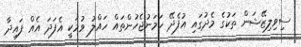
ސިވިލިޒޭޝަން ތަކުގެ މެދުގައި އުފެދޭ ހަމަނުޖެހުންތައް ހައްލު ވުމަކީ އެފަދަ އެއް ފައިދާ